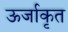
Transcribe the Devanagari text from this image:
ऊर्जाकृत